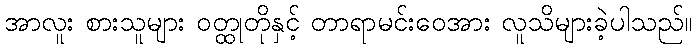
အာလူး စားသူများ ဝတ္ထုတိုနှင့် တာရာမင်းဝေအား လူသိများခဲ့ပါသည်။